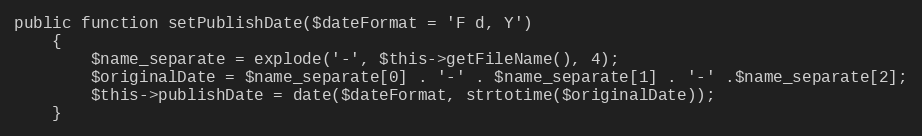
Language: PHP
public function setPublishDate($dateFormat = 'F d, Y')
	{
		$name_separate = explode('-', $this->getFileName(), 4);
		$originalDate = $name_separate[0] . '-' . $name_separate[1] . '-' .$name_separate[2];
		$this->publishDate = date($dateFormat, strtotime($originalDate));
	}